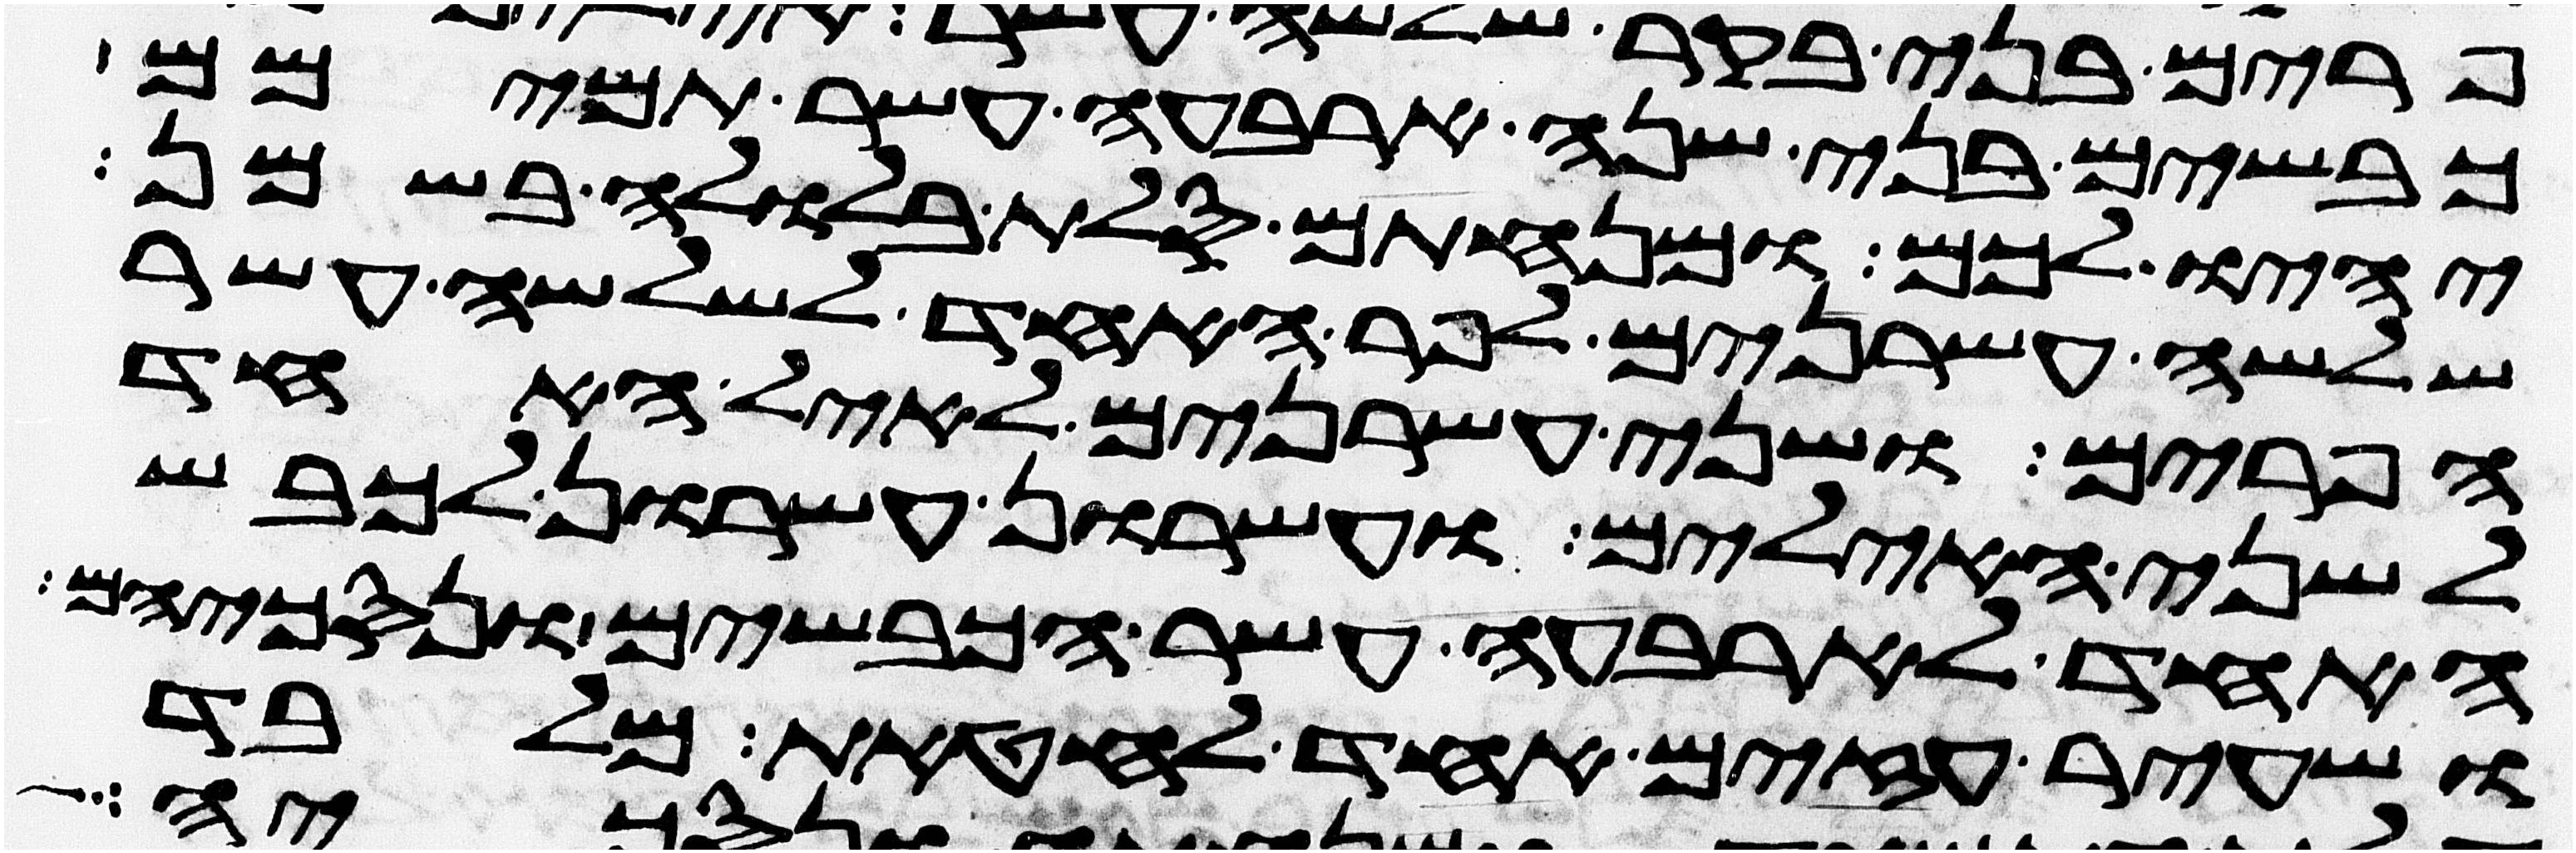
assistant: כבשים בני שנה ארבעה עשר תמימם
יהיו לכם ומנחתם סלת בלולה בשמן
שלשה עשרנים לפר האחד לשלשה עשר
הפרים ושני עשרנים לאיל האחד
לשני האילים ועשרון עשרון לכבש
האחד לארבעה עשר הכבשים ונסכיהם
ושעיר עזים אחד לחטאת מלבד